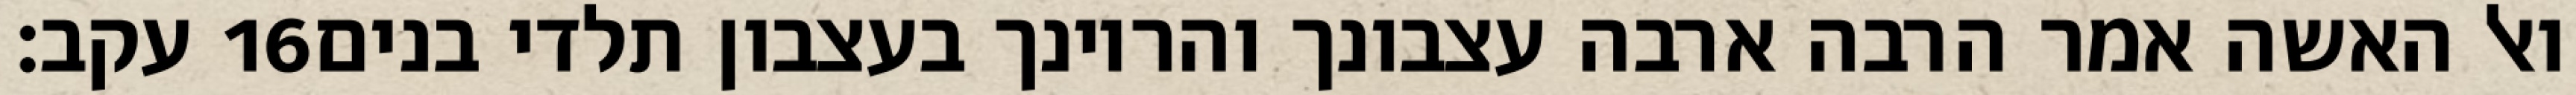
עקב׃ ‎16‏ ואל האשה אמר הרבה ארבה עצבונך והריונך בעצבון תלדי בנים